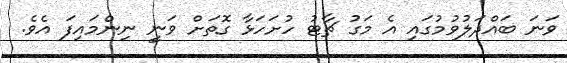
ވަނަ ބައްދަލުވުމުގައި އެ މަގު ޗާޓު ހުށަހަޅާ ގޮތަށް ވަނީ ނިންމައިފަ އެވެ.